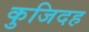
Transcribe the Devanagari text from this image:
कुजिदह